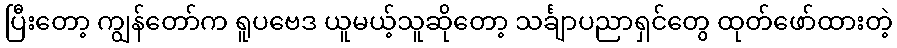
ပြီးတော့ ကျွန်တော်က ရူပဗေဒ ယူမယ့်သူဆိုတော့ သင်္ချာပညာရှင်တွေ ထုတ်ဖော်ထားတဲ့